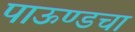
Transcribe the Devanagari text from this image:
पाऊण्डचा